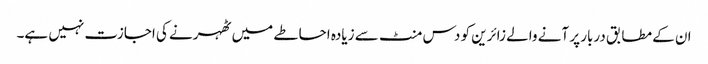
ان کے مطابق دربار پر آنے والے زائرین کو دس منٹ سے زیادہ احاطے میں ٹھہرنے کی اجازت نہیں ہے۔